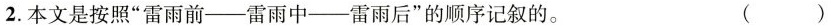
2.本文是按照”雷雨前-雷雨中-雷雨后”的顺序记叙的。 ()